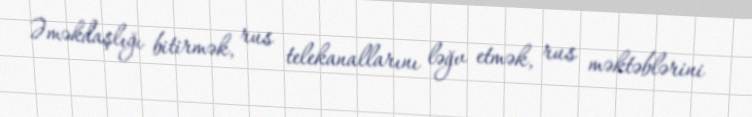
Əməkdaşlığı bitirmək, rus telekanallarını ləğv etmək, rus məktəblərini